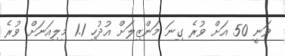
ވަނީ 50 އަށް ވުރެ ގިނަ މަންޒިލަށް އުދުހި 1.1 މިލިއަނަށް ވުރެ